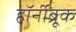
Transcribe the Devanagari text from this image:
हॉर्नीब्रूक